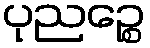
ပုညဉ္စေ